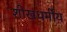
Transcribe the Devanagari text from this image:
शीखधर्मीय